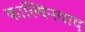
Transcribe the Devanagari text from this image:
काल्विनवाद